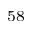
^ { 5 8 }